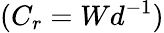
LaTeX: (C_{r}=Wd^{-1})